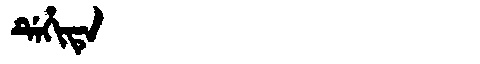
Manchu: ᡩᡝᡥᡳᡨᡝ
Romanization: DEHITE